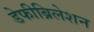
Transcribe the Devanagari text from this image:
डेफीब्रिलेशन